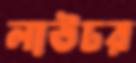
লাউঢর